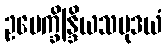
ဥပေက္ခိန္ဒြိယသမုဒယံ